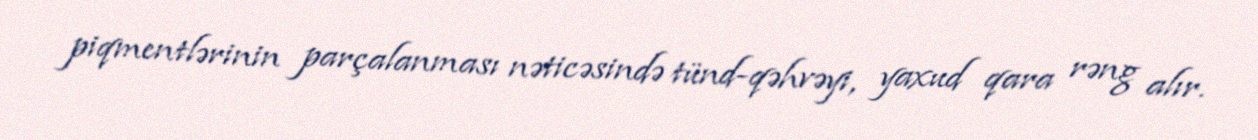
piqmentlərinin parçalanması nəticəsində tünd-qəhvəyi, yaxud qara rəng alır.